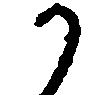
か